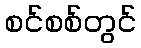
စင်စစ်တွင်